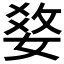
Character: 𤕢